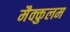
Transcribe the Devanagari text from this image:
मैक्कुलम